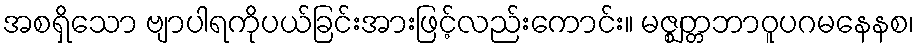
အစရှိသော ဗျာပါရကိုပယ်ခြင်းအားဖြင့်လည်းကောင်း။ မဇ္ဈတ္တဘာဝူပဂမနေနစ၊